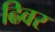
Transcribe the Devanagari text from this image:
ढिवर